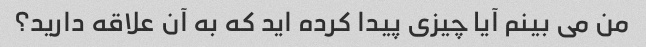
من می بینم آیا چیزی پیدا کرده اید که به آن علاقه دارید؟